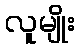
လူမျိုး